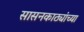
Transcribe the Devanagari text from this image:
सासनकाठ्यांच्या